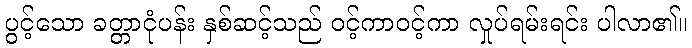
ပွင့်သော ခတ္တာငုံပန်း နှစ်ဆင့်သည် ဝင့်ကာဝင့်ကာ လှုပ်ရမ်းရင်း ပါလာ၏။